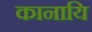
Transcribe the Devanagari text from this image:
कानायि